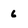
Character: 6